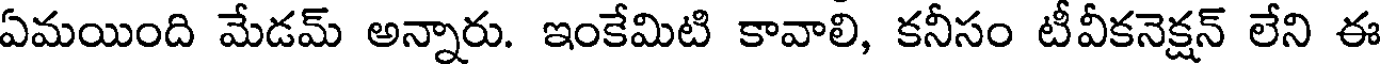
ఏమయింది మేడమ్ అన్నారు. ఇంకేమిటి కావాలి, కనీసం టీవీకనెక్షన్ లేని ఈ